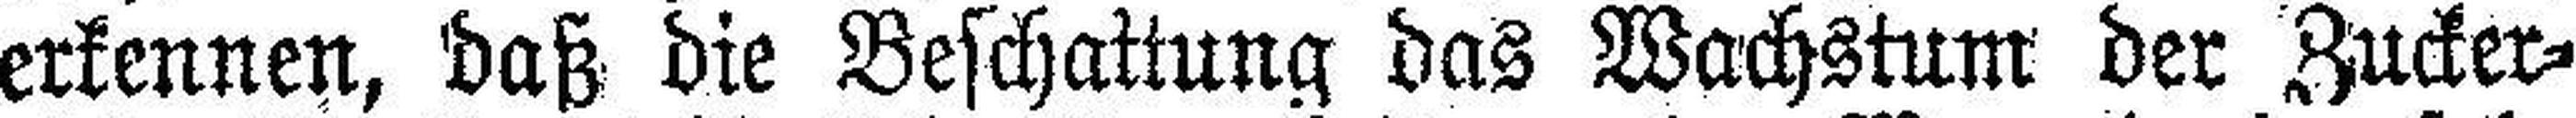
erkennen, daß die Beschattung das Wachstum der Zucker¬